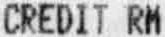
CREDIT RM